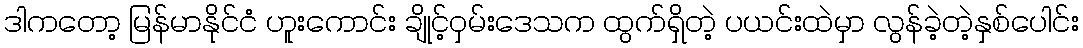
ဒါကတော့ မြန်မာနိုင်ငံ ဟူးကောင်း ချိုင့်ဝှမ်းဒေသက ထွက်ရှိတဲ့ ပယင်းထဲမှာ လွန်ခဲ့တဲ့နှစ်ပေါင်း